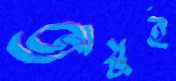
আয়ুই